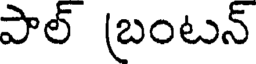
పాల్ (బంటన్